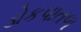
ડોકપાતળ